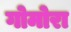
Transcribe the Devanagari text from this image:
गोमोरा